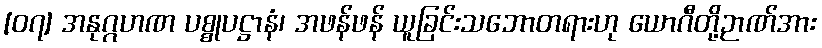
[၀၇] အနုဂ္ဂဟဏ ပစ္စုပဋ္ဌာနံ၊ အဖန်ဖန် ယူခြင်းသဘောတရားဟု ယောဂီတို့ဉာဏ်အား